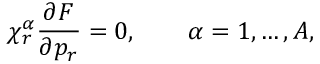
\chi _ { r } ^ { \alpha } \frac { \partial F } { \partial p _ { r } } = 0 , \qquad \alpha = 1 , \ldots , A ,